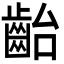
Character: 齝